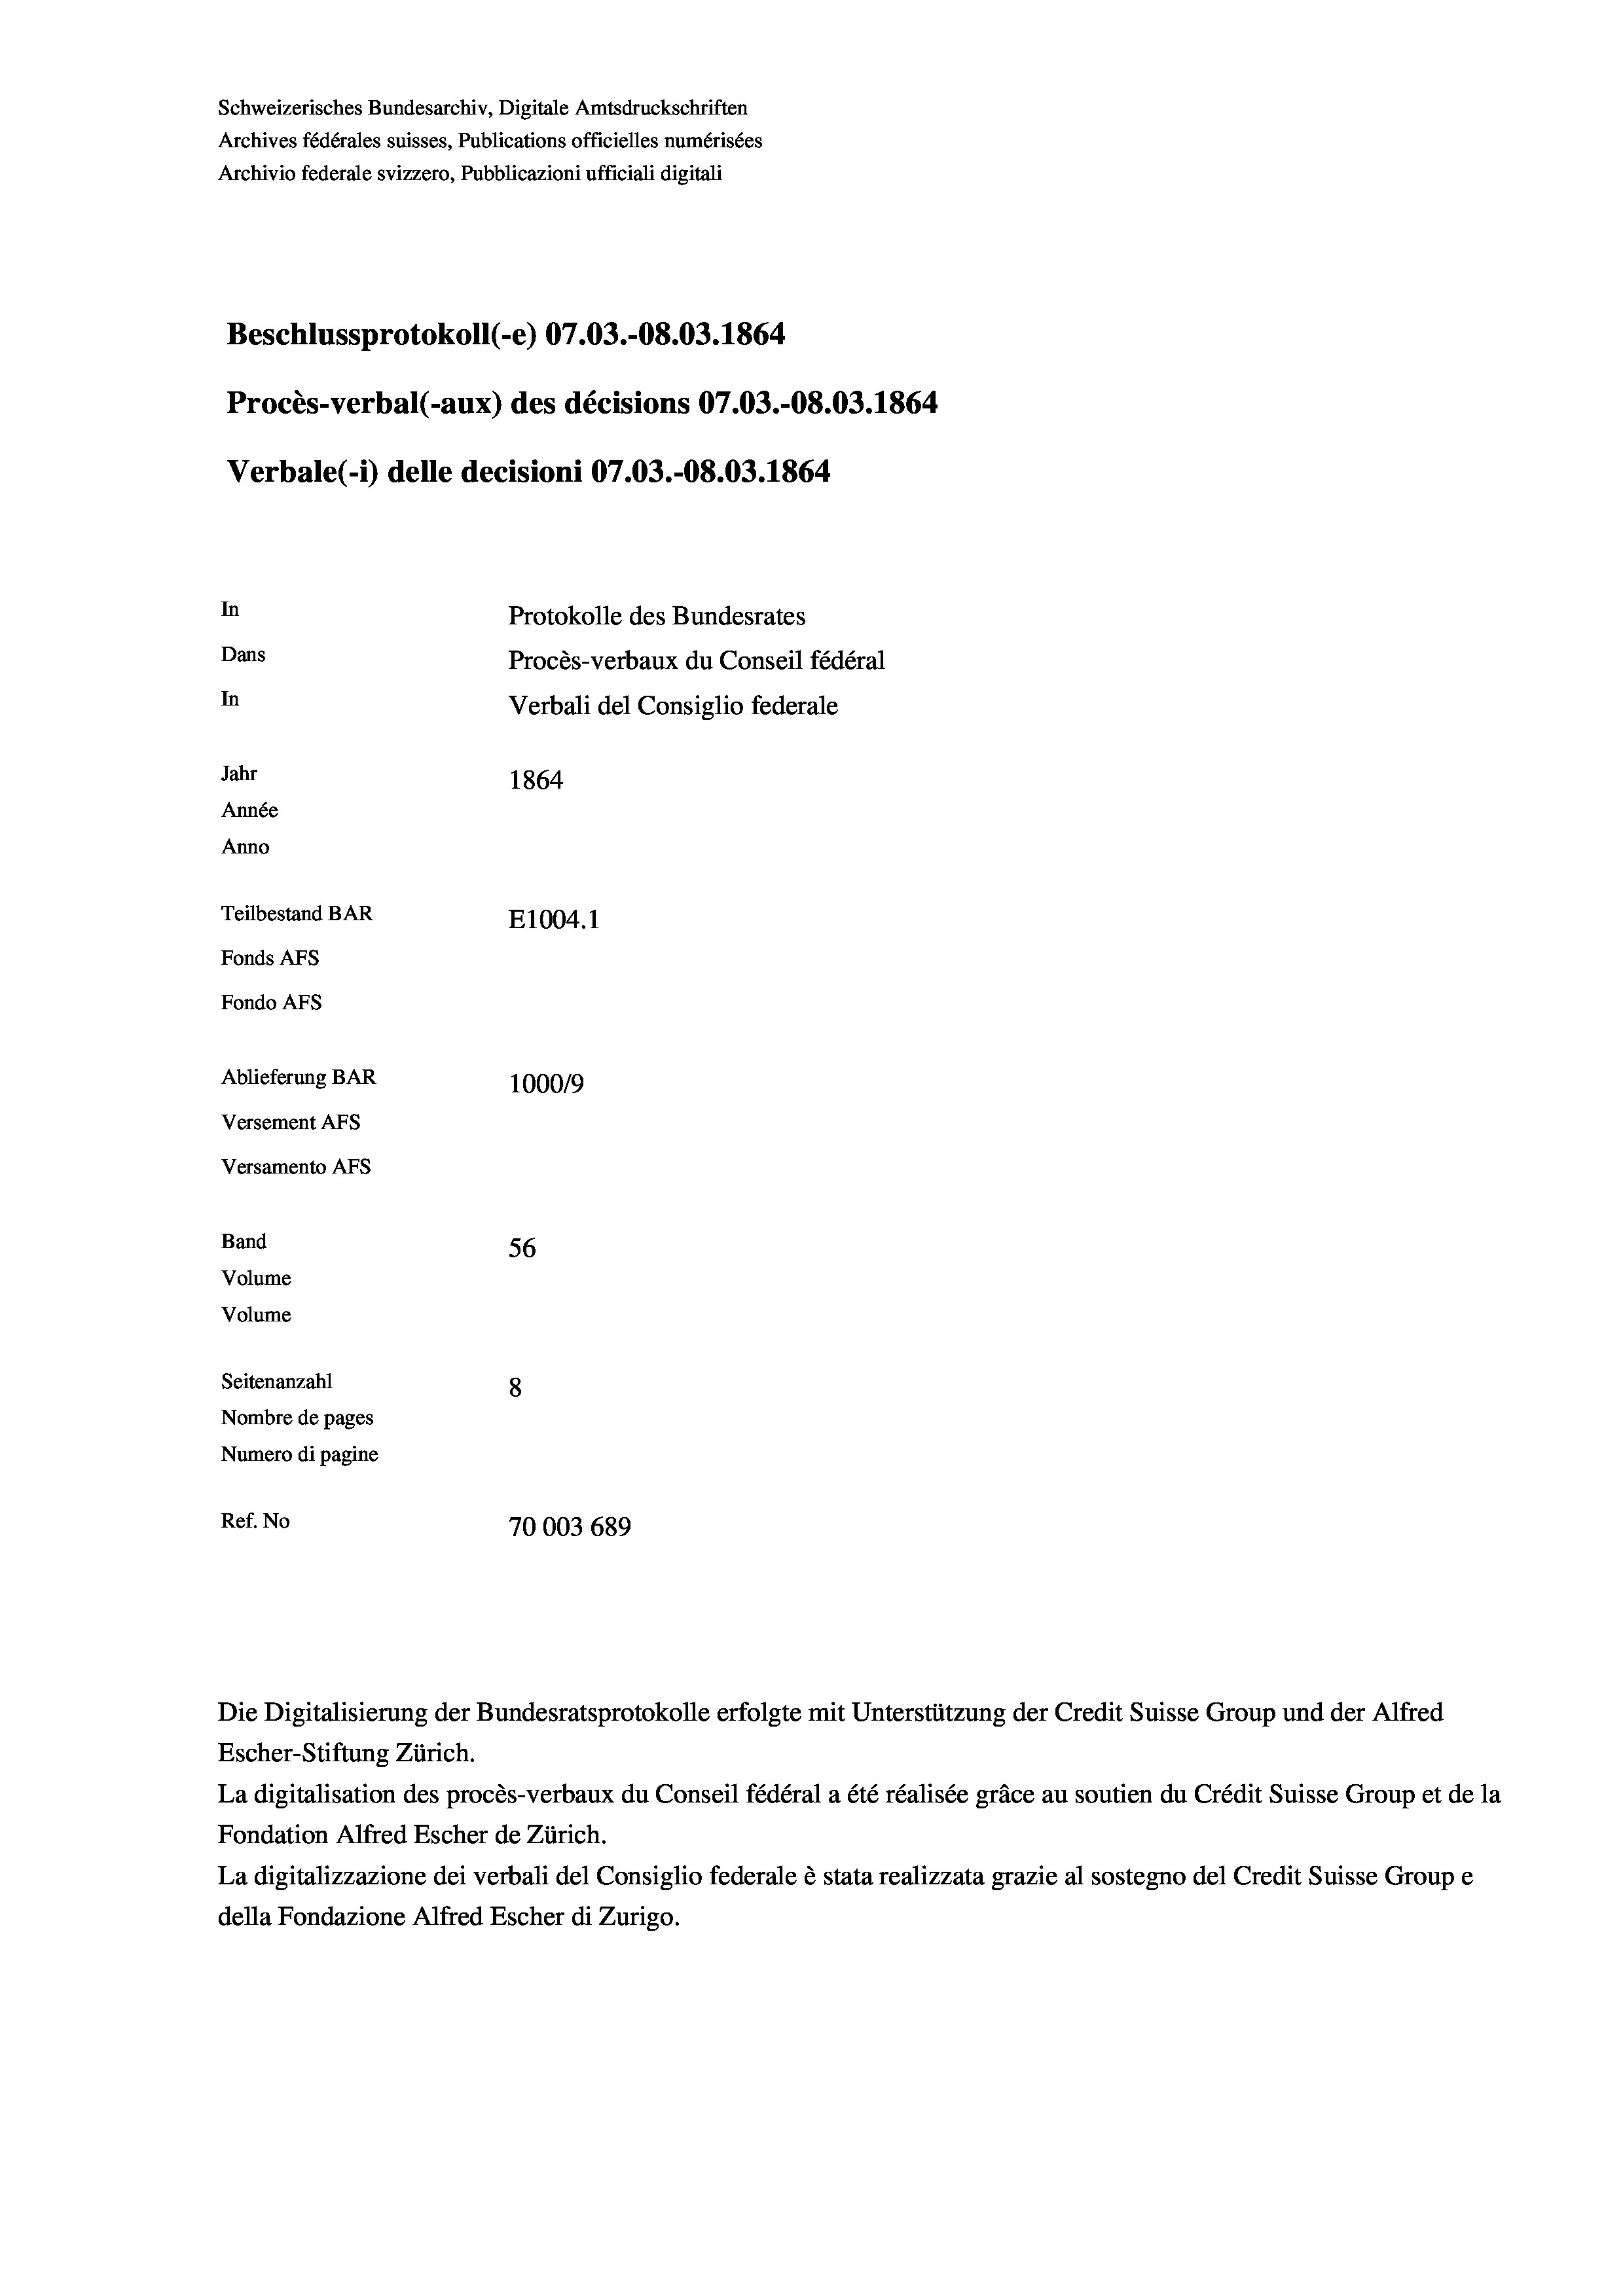
Schweizerisches Bundesarchiv, Digitale Amtsdruckschriften
Archives fédérales suisses, Publications officielles numérisées
Beschlussprotokoll (-e) 07.03.-08.03. 1864
Procès-verbal (-aux) des décisions 07.03.-O8.03. 1864
In
Protokolle des Bundesrates
Dans
Procès-verbaux du Conseil fédéral
In
Verbali del Consiglio federale
Jahr
1864
Année
Anno
Teilbestand BAR
E1004. 1
Fonds AFs
Fondo AFs
Ablieferung BAR
100019
Versement AFs
Versamento Afs

Band
Volume
Volume
Seitenanzahl
8
Nombre de pages
Numero di pagine
Ref. No

56
70003 689

Archivio federale svizzero, Pubblicazioni ufficiali digitali

Verbale (i) delle decisioni 07.03.-08.03. 1864

Die Digitalisierung der Bundesratsprotokolle erfolgte mit Unterstützung der Credit Suisse Group und der Alfred
Escher-Stiftung Zürich.
La digitalisation des procès-verbaux du Conseil fédéral a été réalisée gräce au soutien du Crédit Suisse Group et de la
Fondation Alfred Escher de Zürich.
La digitalizzazione dei verbali del Consiglio federale è stata realizzata grazie al sostegno del Credit Suisse Groupe
della Fondazione Alfred Escher di Zurigo.